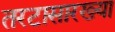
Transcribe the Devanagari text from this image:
तरटासारख्या